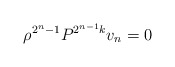
\begin{align*}\rho^{2^n-1} P^{2^{n-1} k} v_n = 0\end{align*}